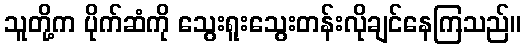
သူတို့က ပိုက်ဆံကို သွေးရူးသွေးတန်းလိုချင်နေကြသည်။